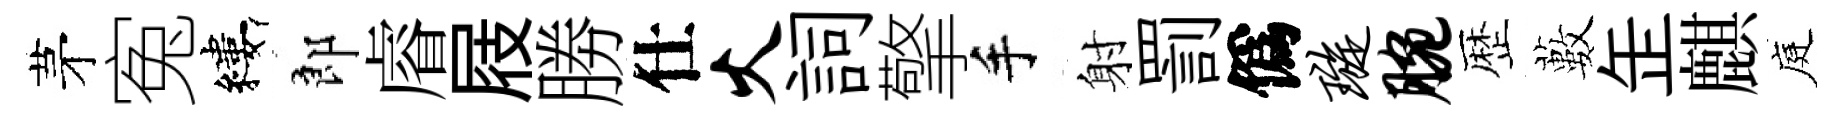
茅寃縷郎𥈠屐勝仕火詞擎手射罰僞璇腕歴藪𦈢麒庭